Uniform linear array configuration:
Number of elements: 8
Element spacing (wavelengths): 0.5
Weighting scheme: cosine
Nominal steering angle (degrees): -45
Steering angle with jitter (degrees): -43.53
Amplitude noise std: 0.05
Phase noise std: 0.05

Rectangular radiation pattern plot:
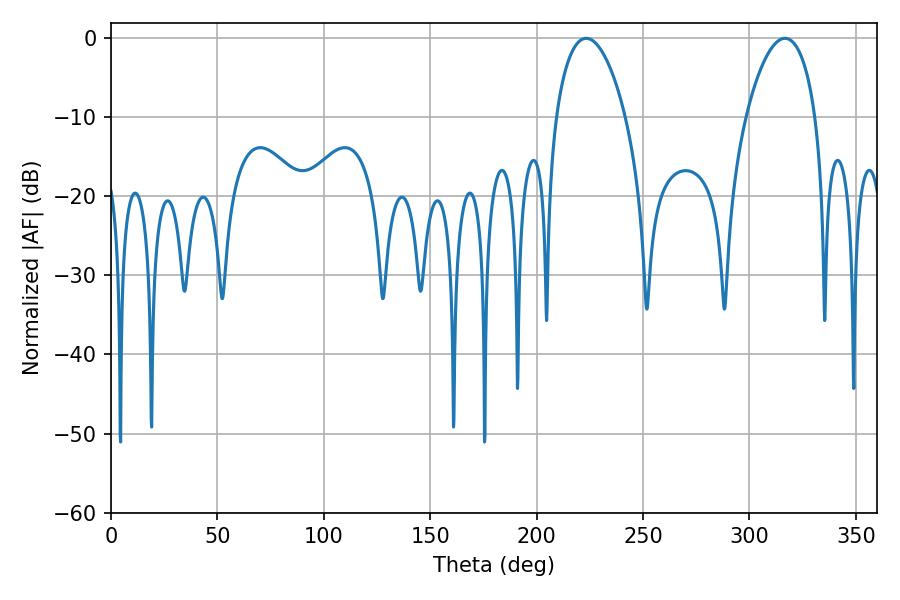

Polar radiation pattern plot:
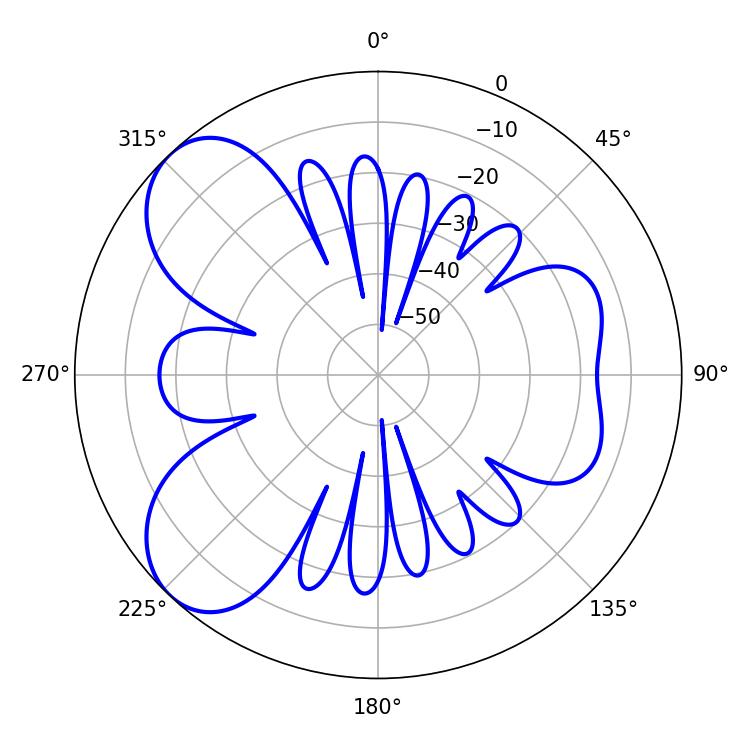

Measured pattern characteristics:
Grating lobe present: FALSE
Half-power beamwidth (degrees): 18.54
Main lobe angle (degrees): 223.38